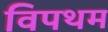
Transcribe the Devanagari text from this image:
विपथम